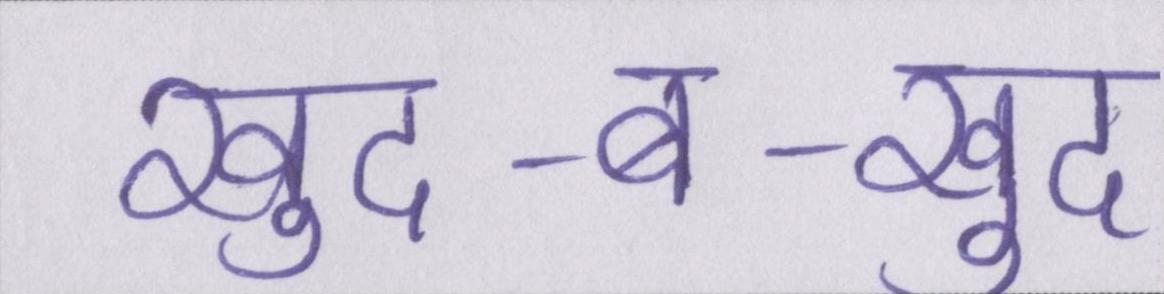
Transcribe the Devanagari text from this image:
खुद-ब-खुद